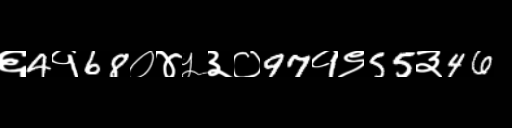
Text: ६4१68०४५३०97१९55३46